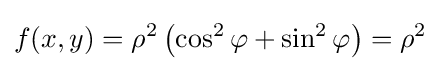
f(x,y)=\rho ^{2}\left(\cos ^{2}\varphi +\sin ^{2}\varphi \right)=\rho ^{2}